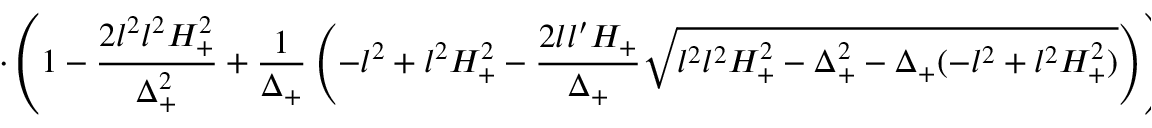
\cdot \left( 1 - \frac { 2 l ^ { 2 } l ^ { 2 } H _ { + } ^ { 2 } } { \Delta _ { + } ^ { 2 } } + \frac { 1 } { \Delta _ { + } } \left( - l ^ { 2 } + l ^ { 2 } H _ { + } ^ { 2 } - \frac { 2 l l ^ { \prime } H _ { + } } { \Delta _ { + } } \sqrt { l ^ { 2 } l ^ { 2 } H _ { + } ^ { 2 } - \Delta _ { + } ^ { 2 } - \Delta _ { + } ( - l ^ { 2 } + l ^ { 2 } H _ { + } ^ { 2 } ) } \right) \right) \Bigr \}